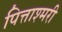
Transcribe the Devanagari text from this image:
पित्ताश्मरी